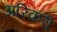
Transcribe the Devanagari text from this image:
अरिकरी